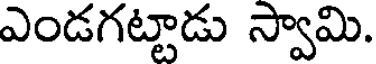
ఎండగట్టాడు స్వామి.